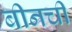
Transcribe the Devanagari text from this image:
बीनची